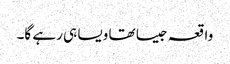
واقعہ جیسا تھا ویسا ہی رہے گا۔